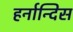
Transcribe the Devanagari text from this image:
हर्नान्दिस